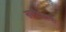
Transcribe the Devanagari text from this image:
खलीफ्याची